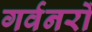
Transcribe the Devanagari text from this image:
गर्वनरों